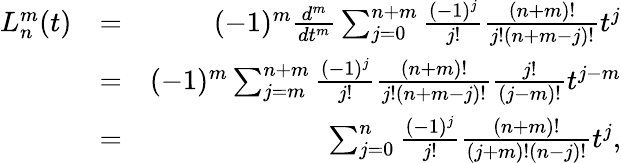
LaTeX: \begin{array}{rlr}{L_{n}^{m}(t)}&{=}&{(-1)^{m}\frac{d^{m}}{dt^{m}}\sum_{j=0}^{n+m}\frac{(-1)^{j}}{j!}\frac{(n+m)!}{j!(n+m-j)!}t^{j}}\\ &{=}&{(-1)^{m}\sum_{j=m}^{n+m}\frac{(-1)^{j}}{j!}\frac{(n+m)!}{j!(n+m-j)!}\frac{j!}{(j-m)!}t^{j-m}}\\ &{=}&{\sum_{j=0}^{n}\frac{(-1)^{j}}{j!}\frac{(n+m)!}{(j+m)!(n-j)!}t^{j},}\end{array}